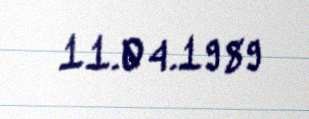
11.04.1989